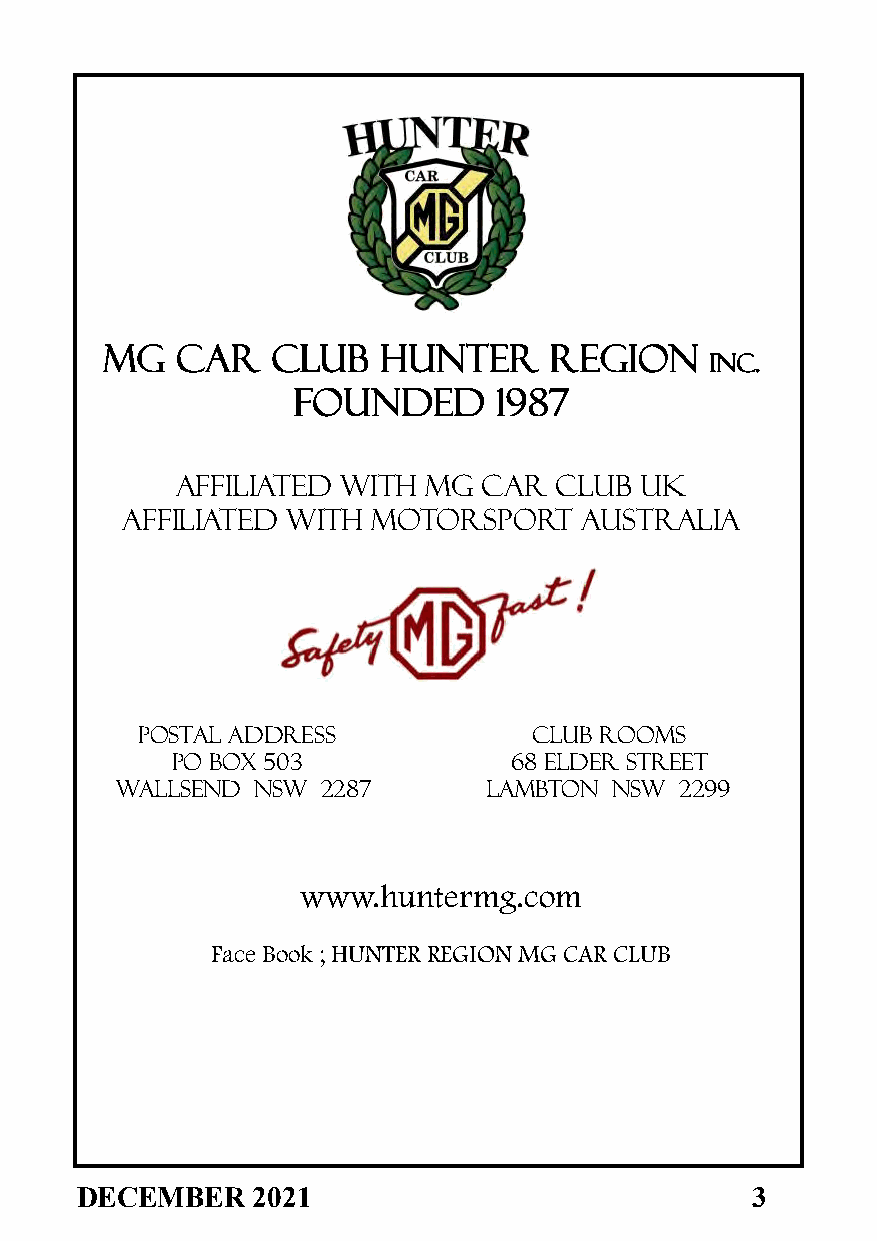
MG   Car   Club   Hunter     region
 Inc.
 Founded       1987
 Affiliated with MG  Car  Club UK
 Affiliated with  MOTORSPORT    Australia
 Postal address            Club rooms
 PO Box 503             68 Elder Street
 Wallsend nsw 2287       Lambton  NSW 2299
 www.huntermg.com
 Face Book ; HUNTER REGION MG CAR CLUB
 DECEMBER    2021                             3